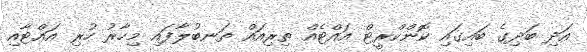
އަދި ބަދިގެ ބައިގައި ކޮންކްރީޓް އައްޓެއް ތިރިއައް ތަނބުލާފައި މިހާރު ހުރި އައްޓާއި